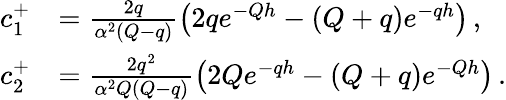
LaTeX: \begin{array}{rl}{c_{1}^{+}}&{=\frac{2q}{\alpha^{2}\left(Q-q\right)}\left(2qe^{-Qh}-\left(Q+q\right)e^{-qh}\right)\, ,}\\ {c_{2}^{+}}&{=\frac{2q^{2}}{\alpha^{2}Q\left(Q-q\right)}\left(2Qe^{-qh}-\left(Q+q\right)e^{-Qh}\right)\, .}\end{array}